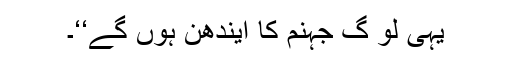
یہی لو گ جہنم کا ایندھن ہوں گے‘‘۔